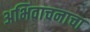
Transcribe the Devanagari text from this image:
अभिवाचनाचा